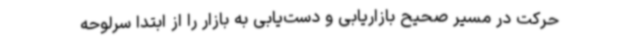
حرکت در مسیر صحیح بازاریابی و دست‌یابی به بازار را از ابتدا سرلوحه